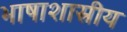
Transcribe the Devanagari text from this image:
भाषाशास्रीय